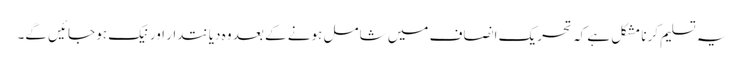
یہ تسلیم کرنا مشکل ہے کہ تحریک انصاف میں شامل ہونے کے بعد وہ دیانتدار اور نیک ہو جائیں گے۔